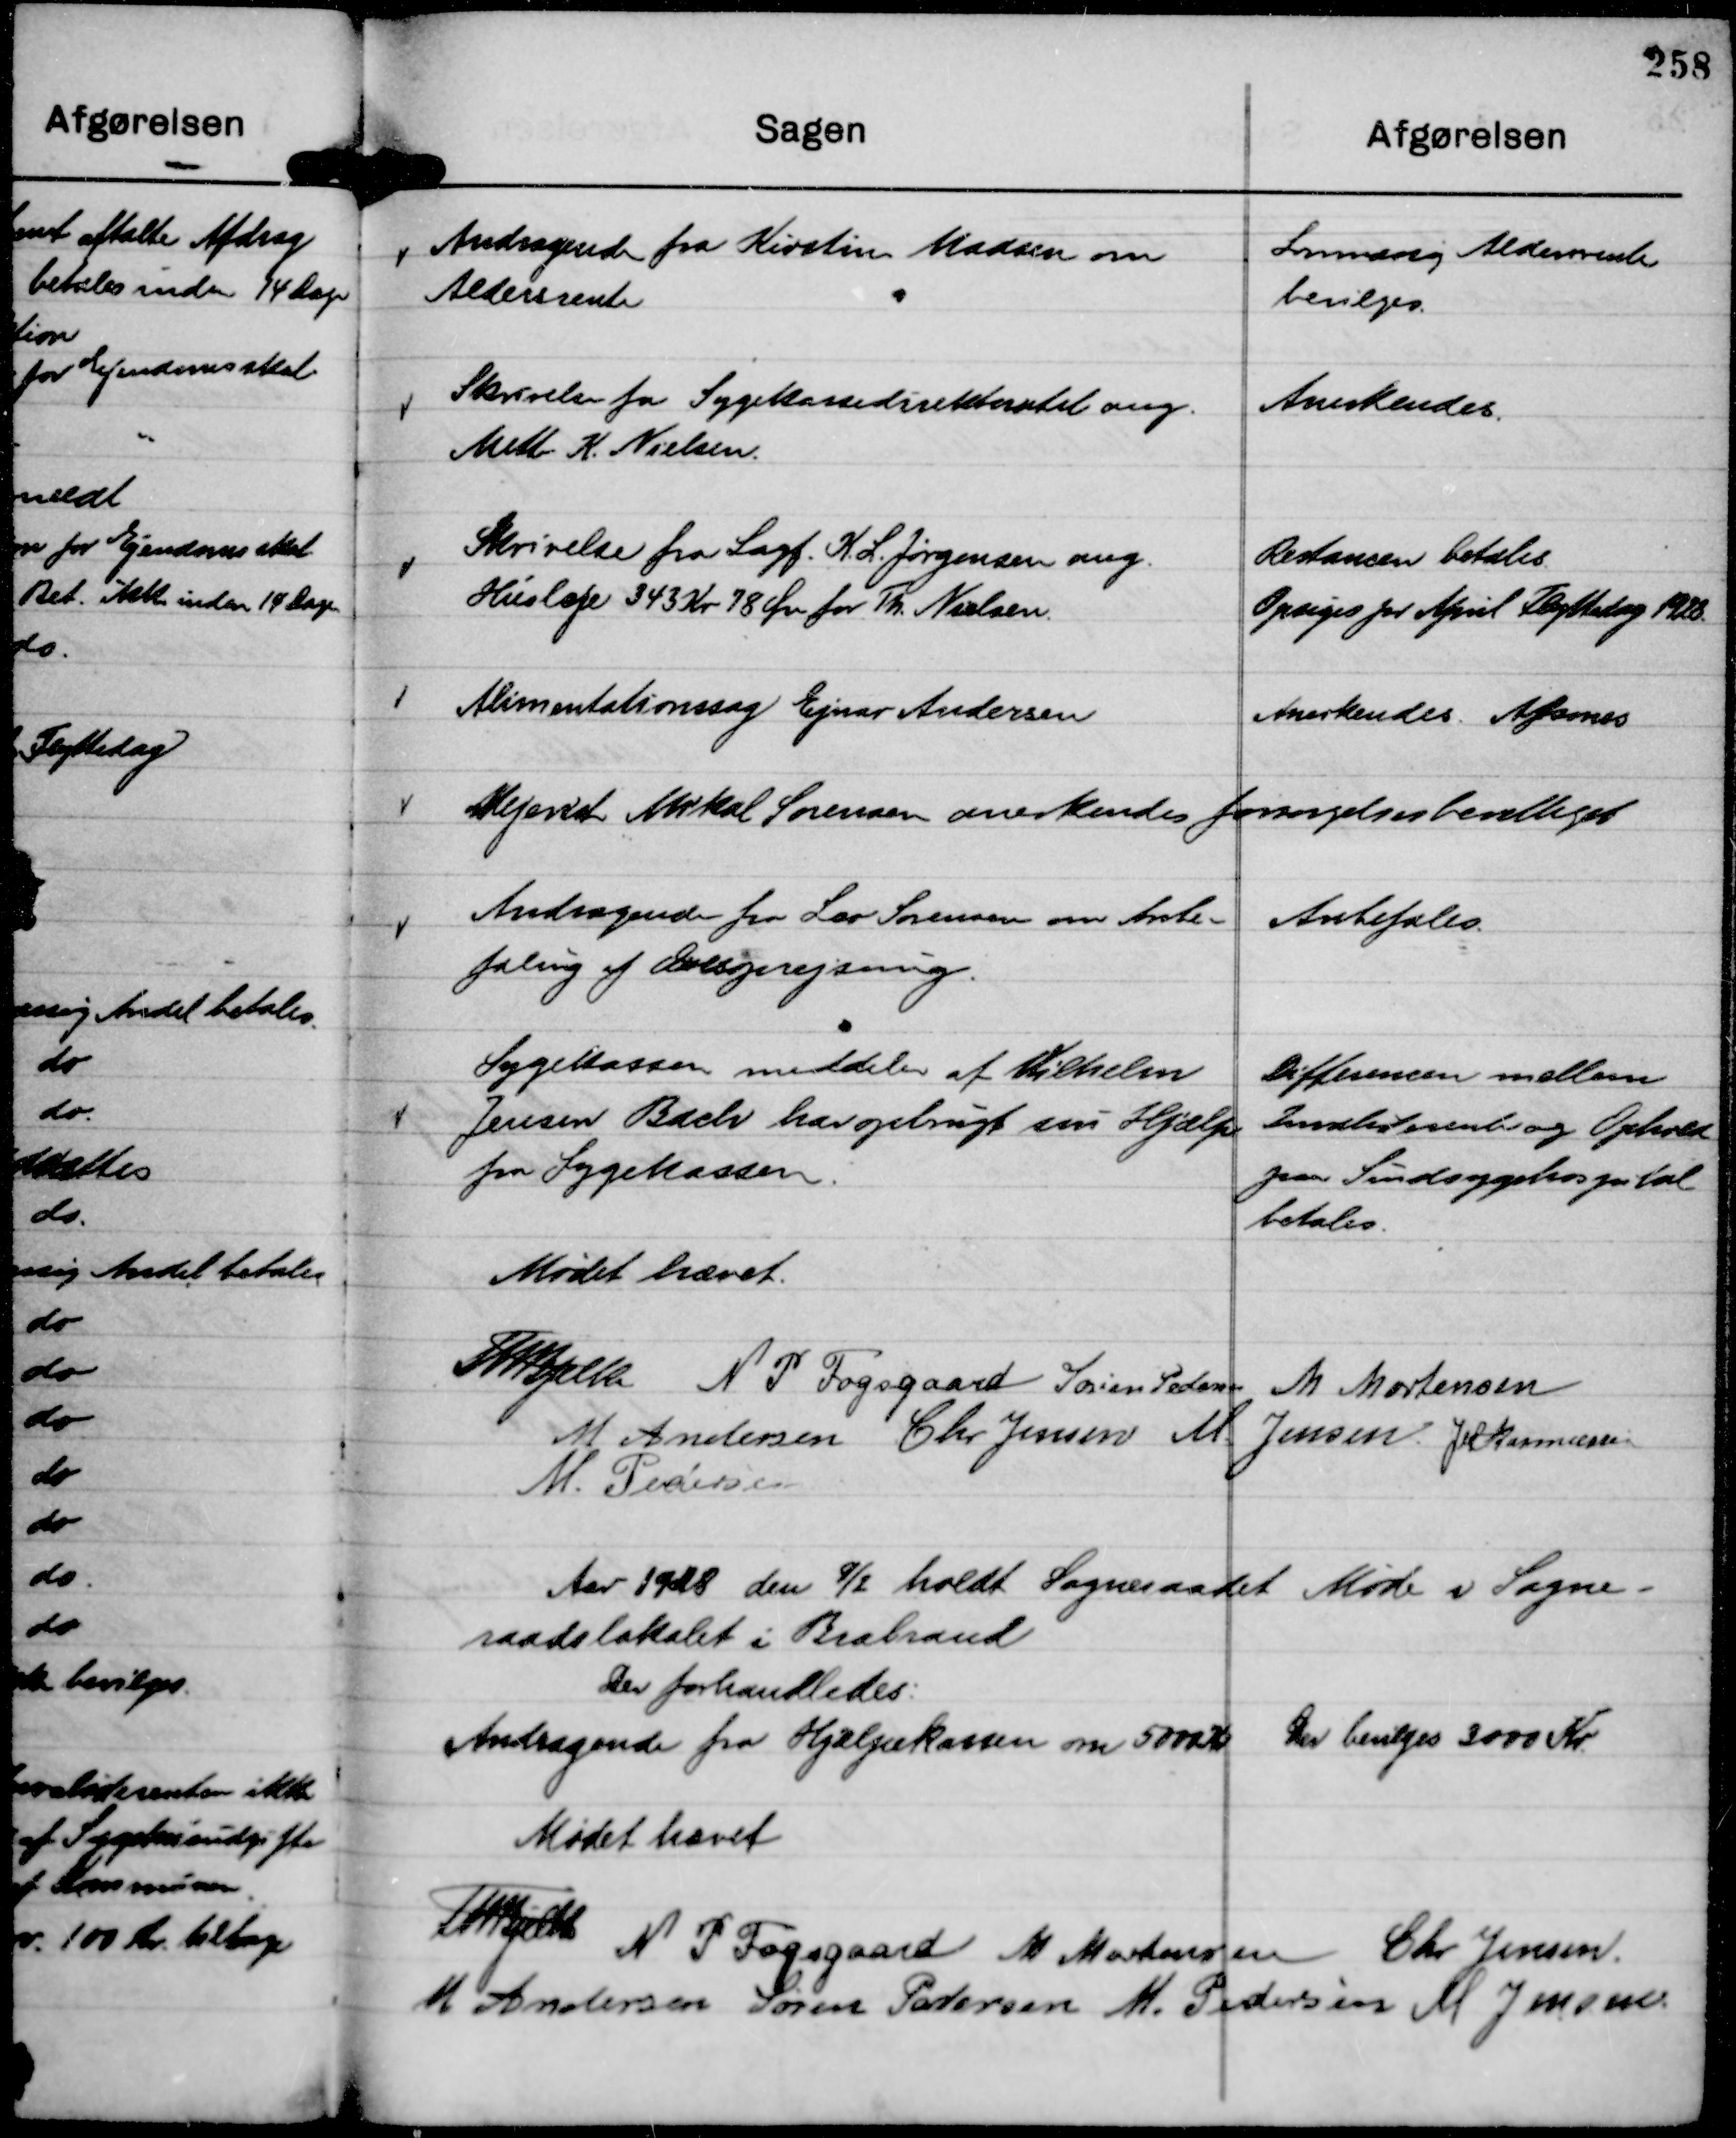
Transskription:
Andragende fra Kirsten Madsen om
Aldersrente

Lovmæssig Aldersrente
bevilges.

Skrivelse fra Sygekassedirektoratet ang.
Mette K. Nielsen.

Anerkendes.

Skrivelse fra Sagf. K. L. Jørgensen ang.
Husleje 343 Kr 78 Øre for Th. Nielsen.

Restancen betales
Opsiges for April Flyttedag 1928.

Alimentationssag Ejnar Andersen

Anerkendes Afsones

Mejerist Mrkal Sørensen anerkendes forsørgelsesberettiget

Andragende fra Leo Sørensen om Anbe-
faling af Ovlsprejsnng

Anbefales.

Sygekassen meddeler at Vilhelm
Jensen Bach har opbrugt sin Hjælp
fra Sygekassen.

Differencen mellem
Invaliderente og Ophold
paa Sindsygehospital
betales.

Mødet hævet.

Th Bjelke
N P Fogsgaard
Søren Pedersen
M Mortensen
M Andersen
Chr Jensen
M Jensen.
JM Rasmussen
M. Pedersen

Aar 1928 den 9/2 holdt Sogneraadet Møde i Sogne-
raadslokalet i Brabrand
Der forhandledes:

Andragende fra Hjælpekassen om 5000 Kr

Der bevilges 3000 Kr.

Mødet hævet

Th Bjelke
N P Fogsgaard
M Mortensen
Chr Jensen
M Andersen
Søren Pedersen
M. Pedersen
M Jensen.